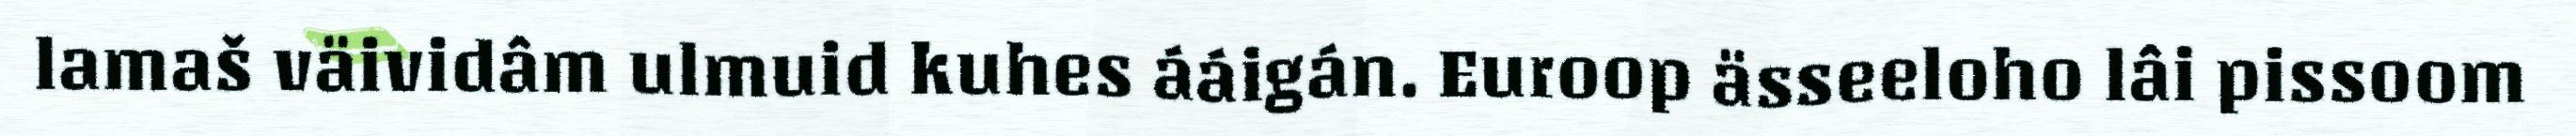
lamaš väividâm ulmuid kuhes ááigán. Euroop ässeeloho lâi pissoom